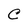
Character: C